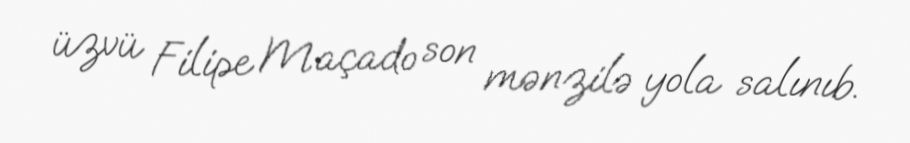
üzvü Filipe Maçado son mənzilə yola salınıb.